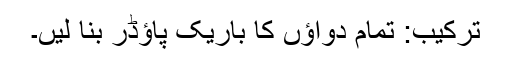
ترکیب: تمام دواؤں کا باریک پاؤڈر بنا لیں۔